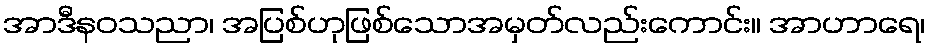
အာဒီနဝသညာ၊ အပြစ်ဟုဖြစ်သောအမှတ်လည်းကောင်း။ အာဟာရေ၊